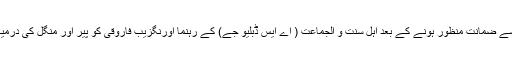
2016ء) انسدادِ دہشت گردی عدالت سے ضمانت منظور ہونے کے بعد اہل سنت و الجماعت ( اے ایس ڈبلیو جے) کے رہنما اورنگزیب فاروقی کو پیر اور منگل کی درمیانی شب اڈیالہ جیل سے رہا کردیا گیا۔